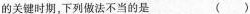
的关键时期，下列做法不当的是()